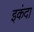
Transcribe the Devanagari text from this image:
इकंदा